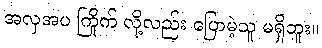
အလှအပ ကြိုက် လို့လည်း ပြောမဲ့သူ မရှိဘူး။